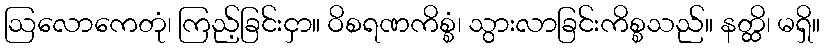
ဩလောကေတုံ၊ ကြည့်ခြင်းငှာ။ ဝိစရဏကိစ္စံ၊ သွားလာခြင်းကိစ္စသည်။ နတ္ထိ၊ မရှိ။